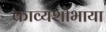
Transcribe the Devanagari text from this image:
काव्यशोभाया